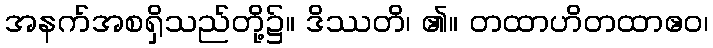
အနက်အစရှိသည်တို့၌။ ဒိဿတိ၊ ၏။ တထာဟိတထာဧဝ၊